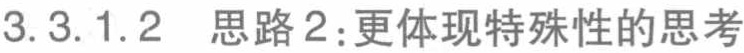
3.3.1.2  思路2：更体现特殊性的思考